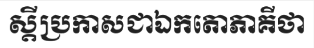
ស្តីប្រកាសជាឯកតោភាគីថា